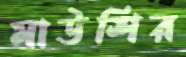
মাউশির